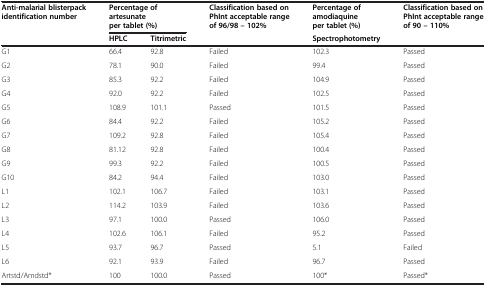
| Anti-malarial blisterpack identification number | <COLSPAN=2> Percentage of artesunate per tablet (%) | Classification based on PhInt acceptable range of 96/98 – 102% | Percentage of amodiaquine per tablet (%) | Classification based on PhInt acceptable range of 90 – 110% |
 |  | HPLC | Titrimetric |  | Spectrophotometry |  |
 | --- | --- | --- | --- | --- | --- |
 | G1 | 66.4 | 92.8 | Failed | 102.3 | Passed |
 | G2 | 78.1 | 90.0 | Failed | 99.4 | Passed |
 | G3 | 85.3 | 92.2 | Failed | 104.9 | Passed |
 | G4 | 92.0 | 92.2 | Failed | 102.5 | Passed |
 | G5 | 108.9 | 101.1 | Passed | 101.5 | Passed |
 | G6 | 84.4 | 92.2 | Failed | 105.2 | Passed |
 | G7 | 109.2 | 92.8 | Failed | 105.4 | Passed |
 | G8 | 81.12 | 92.8 | Failed | 100.4 | Passed |
 | G9 | 99.3 | 92.2 | Failed | 100.5 | Passed |
 | G10 | 84.2 | 94.4 | Failed | 103.0 | Passed |
 | L1 | 102.1 | 106.7 | Failed | 103.1 | Passed |
 | L2 | 114.2 | 103.9 | Failed | 103.6 | Passed |
 | L3 | 97.1 | 100.0 | Passed | 106.0 | Passed |
 | L4 | 102.6 | 106.1 | Failed | 95.2 | Passed |
 | L5 | 93.7 | 96.7 | Passed | 5.1 | Failed |
 | L6 | 92.1 | 93.9 | Failed | 96.7 | Passed |
 | Artstd/Amdstd* | 100 | 100.0 | Passed | 100* | Passed* |